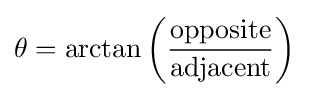
\theta =\arctan \left({\frac {\text{opposite}}{\text{adjacent}}}\right)